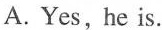
A. Yes, he is.